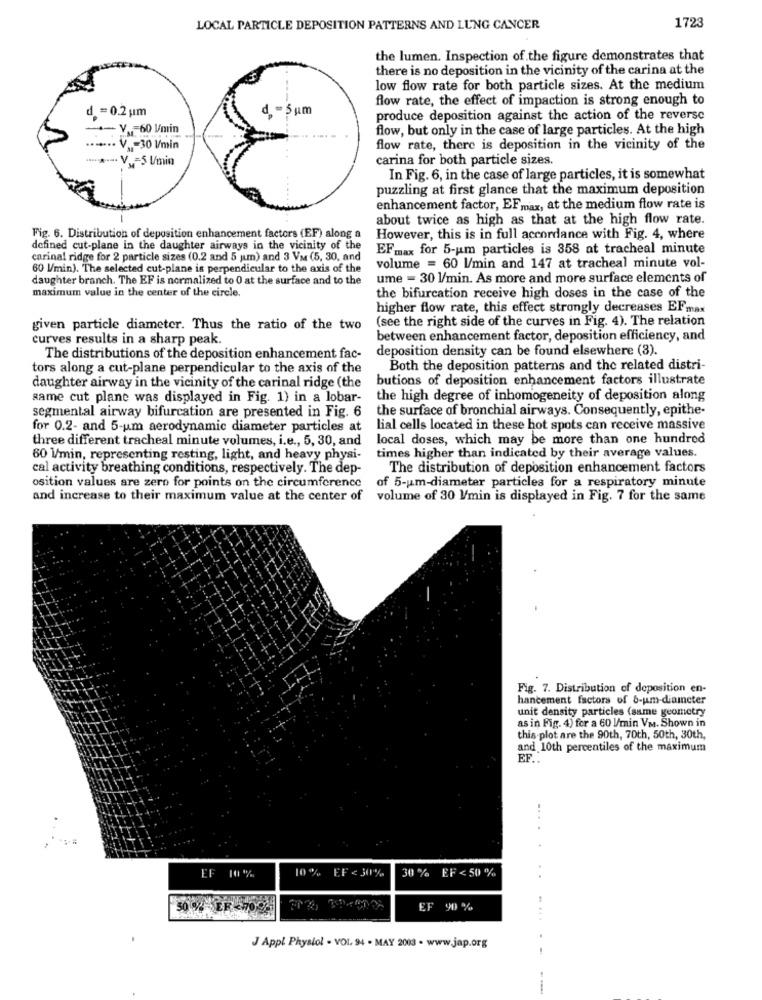
LOCAL PARTICLE DEPOSITION PATTERNS AND LUNG CANCER
1723
the lumen. Inspection of the figure demonstrates that
there is no deposition in the vicinity of the carina at the
low flow rate for both particle sizes. At the medium
flow rate, the effect of impaction is strong enough to
d .= 0.2um
d .- 5um
produce deposition against the action of the reverse
-- V ., 60 U/min
flow, but only in the case of large particles. At the high
....... V .= 30 V/min
flow rate, there is deposition in the vicinity of the
.......-. V _= 5 U/min
carina for both particle sizes.
In Fig. 6, in the case of large particles, it is somewhat
puzzling at first glance that the maximum deposition
enhancement factor, EFmax, at the medium flow rate is
about twice as high as that at the high flow rate.
Fig. 6. Distribution of deposition enhancement factors (EF) along a
However, this is in full accordance with Fig. 4, where
defined cut-plane in the daughter airways in the vicinity of the
EF max for 5-um particles is 358 at tracheal minute
carinal ridge for 2 particle sizes (0.2 and 5 um) and 3 Va (5, 30, and
60 l/min). The selected cut-plane is perpendicular to the axis of the
volume = 60 l/min and 147 at tracheal minute vol-
daughter branch. The EF is normalized to 0 at the surface and to the
ume = 30 l/min. As more and more surface elements of
maximum value in the center of the circle.
the bifurcation receive high doses in the case of the
higher flow rate, this effect strongly decreases EFmax
(see the right side of the curves in Fig. 4). The relation
given particle diameter. Thus the ratio of the two
curves results in a sharp peak.
between enhancement factor, deposition efficiency, and
deposition density can be found elsewhere (3).
The distributions of the deposition enhancement fac-
tors along a cut-plane perpendicular to the axis of the
Both the deposition patterns and the related distri-
butions of deposition enhancement factors illustrate
daughter airway in the vicinity of the carinal ridge (the
same cut plane was displayed in Fig. 1) in a lobar-
the high degree of inhomogeneity of deposition along
segmental airway bifurcation are presented in Fig. 6
the surface of bronchial airways. Consequently, epithe-
for 0.2- and 5-um aerodynamic diameter particles at
lial cells located in these hot spots can receive massive
three different tracheal minute volumes, i.e ., 5, 30, and
local doses, which may be more than one hundred
60 l/min, representing resting, light, and heavy physi-
times higher than indicated by their average values.
cal activity breathing conditions, respectively. The dep-
The distribution of deposition enhancement factors
osition values are zero for points on the circumference
of 5-um-diameter particles for a respiratory minute
and increase to their maximum value at the center of
volume of 30 Vmin is displayed in Fig. 7 for the same
Fig. 7. Distribution of deposition en-
hancement factors of 6-um-diameter
unit density particles (same geometry
as in Fig. 4) for a 60 U/min VM. Shown in
this plot are the 90th, 70th, 50th, 30th,
and 10th percentiles of the maximum
EF ..
10 %
EF < 30%
30 % EF < 50 %
EF 10%
50 % ER 70 96
EF 90 %
J Appl Physiol . VOL. 94 - MAY 2003 - www.jap.org
..... .-